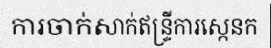
ការចាក់សាក់ឥន្ទ្រីការស្កេនក